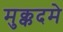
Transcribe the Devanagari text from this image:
मुक्कदमे